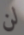
لن